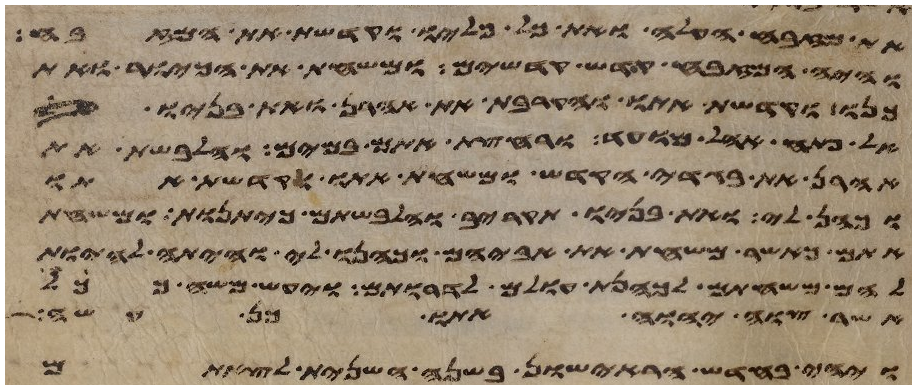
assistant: את מזבח העלה ואת כל כליו וקדשת את המזבח
והיה המזבח קדש קדשים ומשחת את הכיור ואת
כנו וקדשת אתו והקרבת את אהרן ואת בניו אל
אל פתח אהל מועד ורחצת אתם במים והלבשת את
אהרן את בגדי הקדש ומשחת אתו וקדשת אתו
וכהן לי ואת בניו תקריב והלבשתם כיתנות ומשחת
אתם כאשר משחת את אביהם וכהנו לי והיתה להיות
להם משחתם לכהנת עולם לדרותם ויעש משה ככל
אשר צוה יהוה אתו כן עשה
ויהי בחדש הראישון בשנה השנית לצאתם